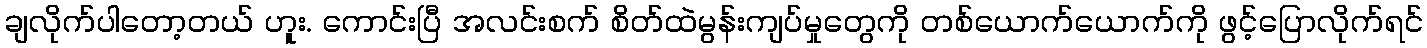
ချလိုက်ပါတော့တယ် ဟူး. ကောင်းပြီ အလင်းစက် စိတ်ထဲမွန်းကျပ်မှုတွေကို တစ်ယောက်ယောက်ကို ဖွင့်ပြောလိုက်ရင်